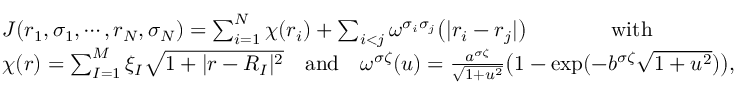
\begin{array} { r l } & { J ( r _ { 1 } , \sigma _ { 1 } , \cdots , r _ { N } , \sigma _ { N } ) = \sum _ { i = 1 } ^ { N } \chi ( r _ { i } ) + \sum _ { i < j } \omega ^ { \sigma _ { i } \sigma _ { j } } \big ( | r _ { i } - r _ { j } | \big ) \qquad \qquad \mathrm { w i t h } } \\ & { \chi ( r ) = \sum _ { I = 1 } ^ { M } \xi _ { I } \sqrt { 1 + | r - R _ { I } | ^ { 2 } } \quad \mathrm { a n d } \quad \omega ^ { \sigma \zeta } ( u ) = \frac { a ^ { \sigma \zeta } } { \sqrt { 1 + u ^ { 2 } } } \big ( 1 - \exp ( - b ^ { \sigma \zeta } \sqrt { 1 + u ^ { 2 } } ) \big ) , } \end{array}